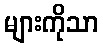
များကိုသာ